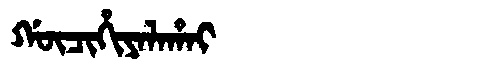
Manchu: ᡤᡡᠴᡳᡥᡳᠶᠠᠯᠠᡥᠠᡳ
Romanization: GŪCIHIYALAHAI